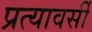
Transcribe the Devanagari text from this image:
प्रत्यावर्सी